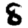
Digit: 8